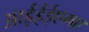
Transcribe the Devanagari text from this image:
आईईईएमए